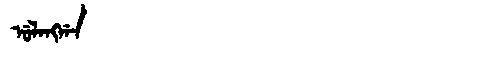
Manchu: ᡠᠯᠠᠩᡤᠠ
Romanization: ULANGGA